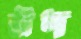
উদ